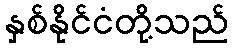
နှစ်နိုင်ငံတို့သည်